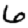
Digit: 6